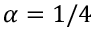
\alpha = 1 / 4